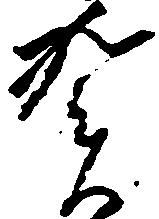
賀